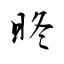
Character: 昸